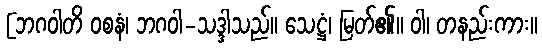
[ဘဂဝါတိ ဝစနံ၊ ဘဂဝါ-သဒ္ဒါသည်။ သေဋ္ဌံ၊ မြတ်၏။ ဝါ၊ တနည်းကား။